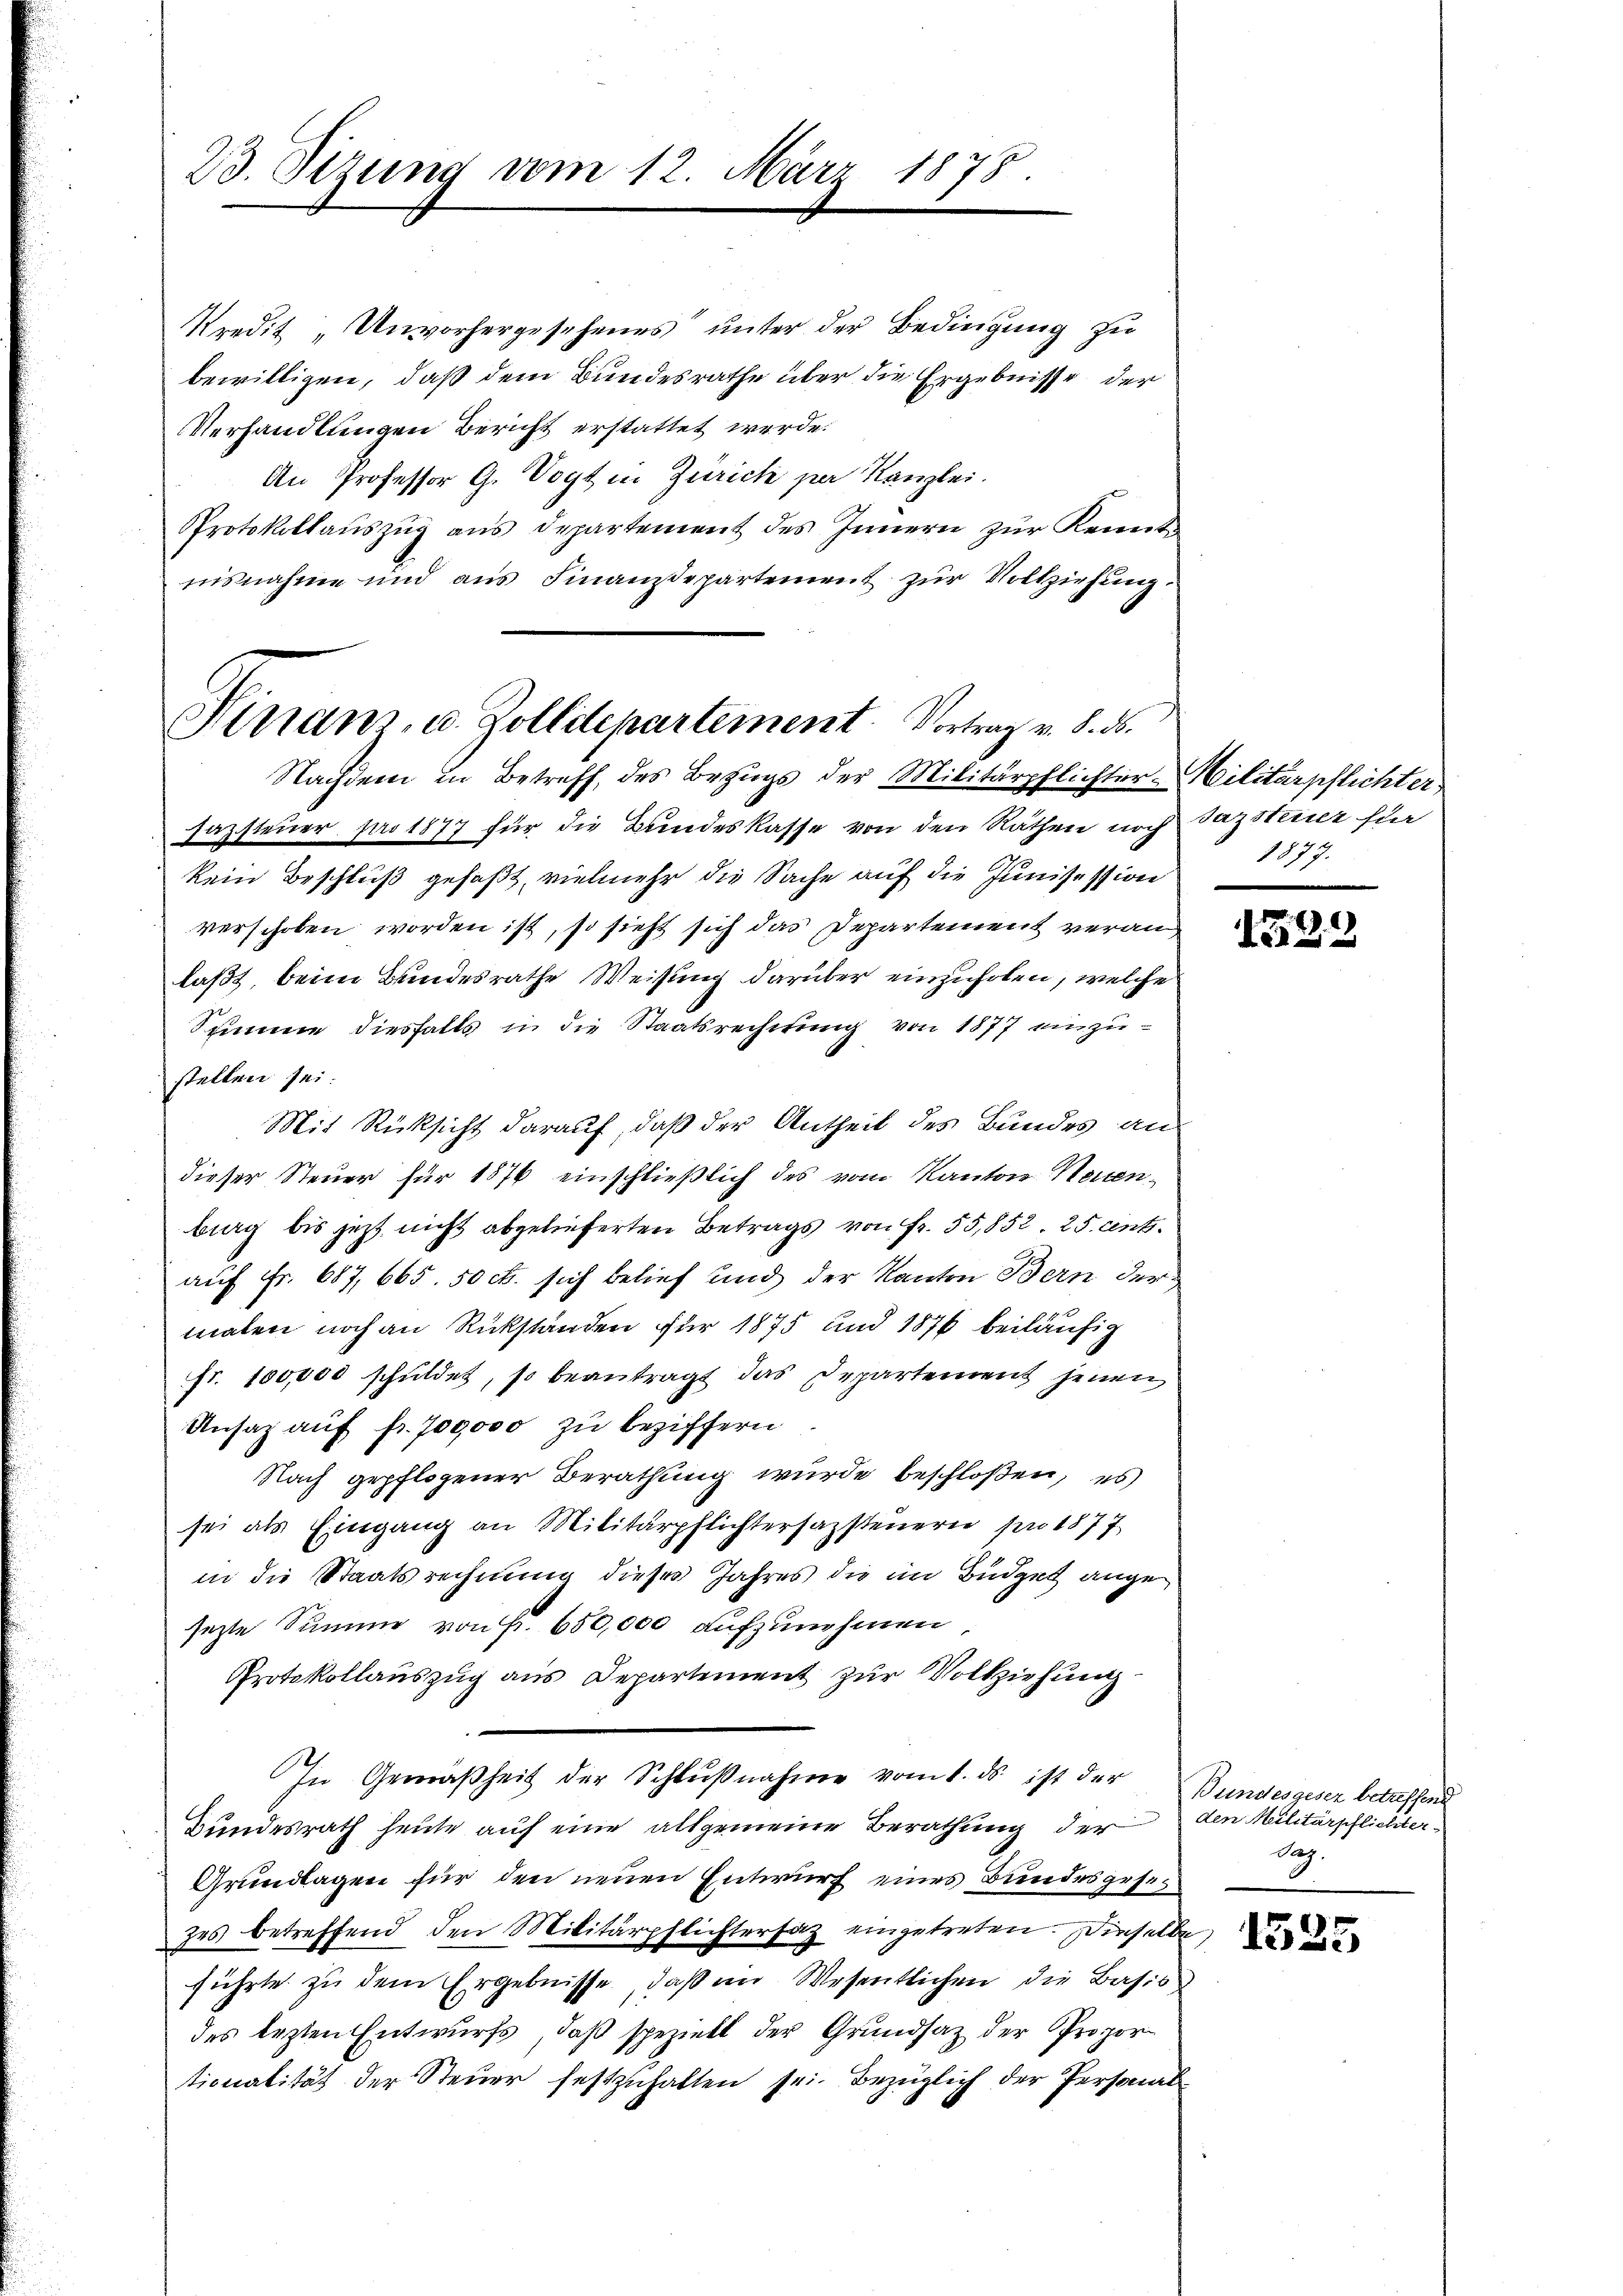
23. Sizung vom 12. März 1878.

Kredit „Unvorhergesehenes“ unter der Bedingung zu
bewilligen, daß dem Bundesrathe über die Ergebnisse der
Verhandlungen Bericht erstattet werde.
An Professor G. Vogt in Zürich per Kanzlei.
Protokollaŭszŭg aŭs departement des Innern zŭr Kennen-
nisnahme und ans Finanzdepartement zŭr Vollziehung.
sazsteuer pro 1877 für die Bundeskasse von den Räthen noch dazsteiner für
kein Beschluß gefaßt, vielmehr die Sache auf die Junisession
verschoben worden ist, so sieht sich das Departement veranlaßt, beim Bundesrathe Weisung darüber einzuholen, welche
Spinne diesfalls in die Staatsrechtung von 1877 einzustellen sei.
Mit Rücksicht darauf, daß der Antheil des Bundes an
dieser Steuer für 1876 einschließlich des vom Kanton Neuenburg bis jetzt nicht abgelieferten Betrags von Fr. 55,852. 25. Ant.
auf Fr. 687, 665. 50 c. sich belief und der Kanton Bern der
malen noch an Rückständen für 1875 und 1876 beiläufig
fr. 100,000 schuldet, so beantragt das Departement jenen
Ansaz auf fr. 700000 zu beziffern
Nach gepflogener Berathung wurde beschloßen, es
sei als Eingang an Militärpflichtersazsteuern pro 1877
in die Staatsrechnung dieses Jahres die im Büdget angesezte Summe von Fr. 650,000 aufzunehmen
Protokollauszug aus Departement zur Volkziehung
In Gemäßheit der Schlŭβnahme vom 1. ds ist der
Bundesrath heute auf eine allgemeine Berathung der
Grundlagen für den neuen Entwurf eines Bundesgesezes betreffend den Militärpflichtersatz eingetreten. Dieselbe
führte zu dem Ergebnisse, daß im Wesentlichen die Basis
des lezten Entwurfs, daß speziell der Grundsaz der Proportionalität der Steuer festzuhalten sei. Bezüglich der Personal

Finanz, u. Zolldepartement. Vortrag v. 8. ds.
Nachdem in Betreff des Bezugs der Militärpflichter Militärpflichter

1877.

1592

Bundesgesez betreffend
den Militärpflichter-
dag.

1525